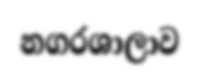
නගරශාලාව